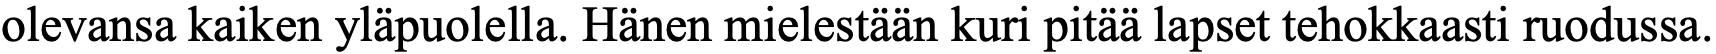
olevansa kaiken yläpuolella. Hänen mielestään kuri pitää lapset tehokkaasti ruodussa.